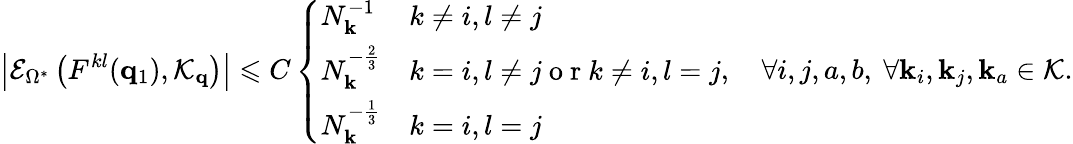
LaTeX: \left|\mathcal{E}_{\Omega^{*}}\left(F^{kl}(\mathbf{q}_{1}),\mathcal{K}_{\mathbf{q}}\right)\right|\leqslant C\left\{ \begin{array}{ll}{N_{\mathbf{k}}^{-1}}&{k\neq i,l\neq j}\\ {N_{\mathbf{k}}^{-\frac 23}}&{k=i,l\neq j\mathrm{~o~r~}k\neq i,l=j}\\ {N_{\mathbf{k}}^{-\frac 13}}&{k=i,l=j}\end{array}\right.,\quad\forall i,j,a,b,\ \forall\mathbf{k}_{i},\mathbf{k}_{j},\mathbf{k}_{a}\in\mathcal{K}.